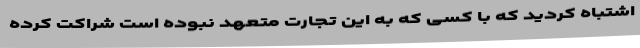
اشتباه کردید که با کسی که به این تجارت متعهد نبوده است شراکت کرده